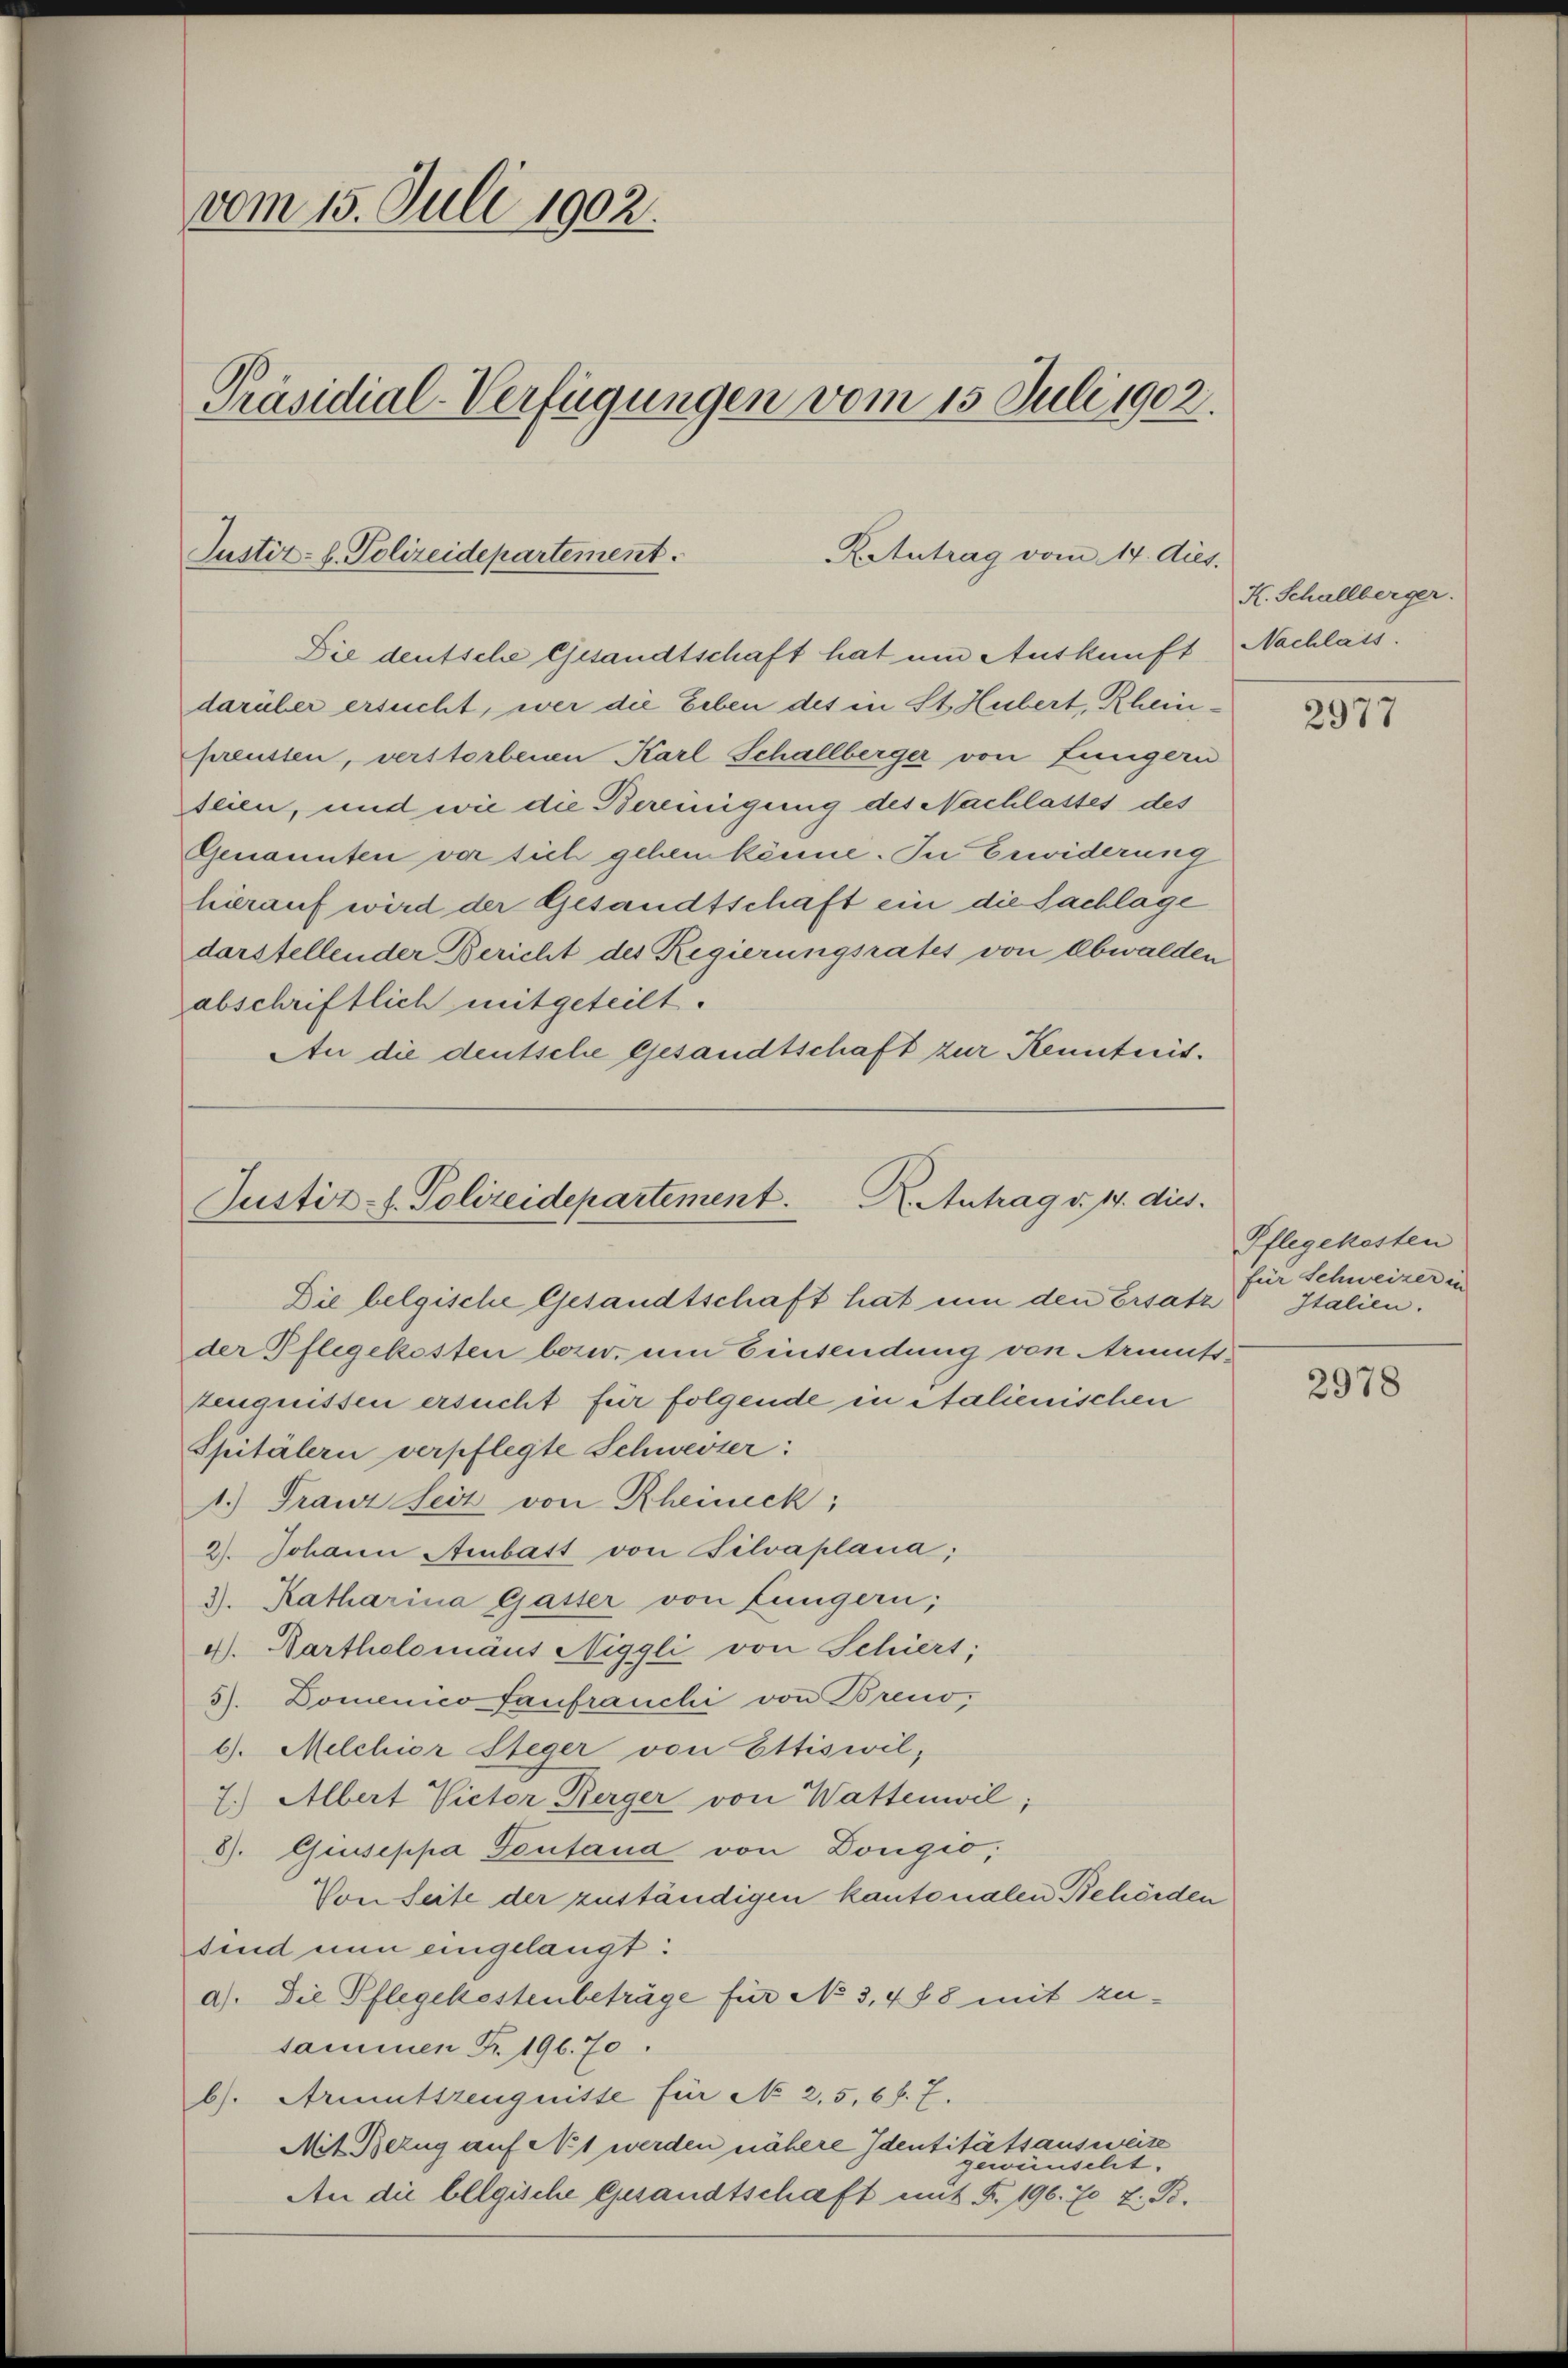
vom 15. Juli 1902.
Präsidial-Verfügungen vom 15. Juli 1902.

Justiz- u. Polizeidepartement.
KAntrag vom 14. ds.
Die deutsche Gesandtschaft hat um Auskunft Nachlass.

darüber ersucht, wer die Leben des in St. Hubert, Rheinpreussen, verstorbenen Karl Schallberger von Lungern
teien, und wie die Bereinigung des Nachlastes des
Genannten vor sich gehen könne. In Erwiderung
hierauf wird der Gesandtschäft ein die Sachlage
darstellender Bericht des Regierungsrates von Obwalden
abschriftlich mitgeteilt.
An die deutsche Gesandtschaft zur Kenntnis¬

R. Antrag v. 14. dies
Justiz-E. Polizeidepartement.
Die belgische Gesandtschaft hat um den Ersatz Italien.
der Pflegekosten bezw. um Einsendung von Armuts¬

K. Schallberger.

Zeugnissen ersucht für folgende in italienischen
Spitälern verpflegte Schwerzer:
1.) Franz Seit von Rheineck,
2). Johann Ambatt von Bilvaplana;
3. Ratharina Gaster von Lungern;
4). Hartholomäus Niggli von Schiers;
5). Domenico fanfranchi von Breno¬
6). Melchior Steger von Ettiswil,
7.) Albert Victor Berger von Wattenwil;
8). Giuseppa Tentand von Dougio,
Von Seite der zuständigen kantonalen Behörden
sind nun eingelangt:
a). Die Pflegekostenbeträge für No 3,488 mit zusammen Fr. 196. 70.
b. Armutszeugnisse für No 2,5,6 f. 7.
Mit Bezug auf No 1 werden nähere Identitätsausweise
gewünscht.
An die belgische Gesandtschaft mit §. 196. Er 7. B.

2977

Pflegekosten
für Schweizer in

2978